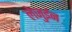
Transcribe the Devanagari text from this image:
लेजुईन